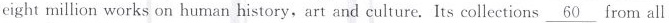
eight million works on human history, art and culture. Its collections \underline{60} from all